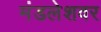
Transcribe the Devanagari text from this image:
मंडलेशवर